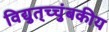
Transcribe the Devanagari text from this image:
विद्युत्‌च्चुंबकीय